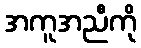
အကူအညီကို